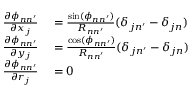
\begin{array} { r l } { \frac { \partial \phi _ { n n ^ { \prime } } } { \partial x _ { j } } } & { { } = \frac { \sin ( \phi _ { n n ^ { \prime } } ) } { R _ { n n ^ { \prime } } } ( \delta _ { j n ^ { \prime } } - \delta _ { j n } ) } \\ { \frac { \partial \phi _ { n n ^ { \prime } } } { \partial y _ { j } } } & { { } = \frac { \cos ( \phi _ { n n ^ { \prime } } ) } { R _ { n n ^ { \prime } } } ( \delta _ { j n ^ { \prime } } - \delta _ { j n } ) } \\ { \frac { \partial \phi _ { n n ^ { \prime } } } { \partial r _ { j } } } & { { } = 0 } \end{array}